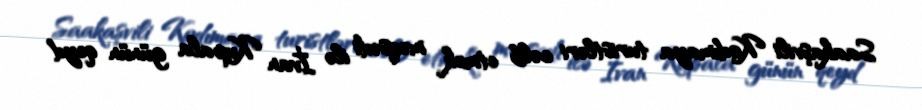
Saakaşvili Kodımaya turistləri cəlb etmək məqsədi ilə İvan Kupala günün qeyd